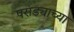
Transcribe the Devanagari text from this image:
परांड्याच्या